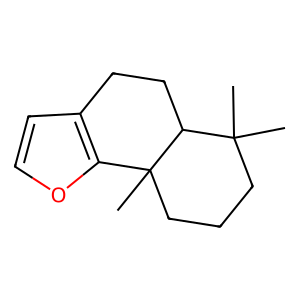
SMILES: CC1(C)CCCC2(C)c3occc3CCC12
Inhibits HIV replication: No